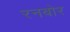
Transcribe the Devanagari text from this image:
रनबोर